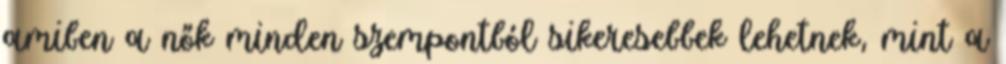
amiben a nők minden szempontból sikeresebbek lehetnek, mint a